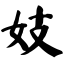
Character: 妓